Annual statistical returns and brief notes on vaccination in Bengal - 1909-1929
Year: 1909
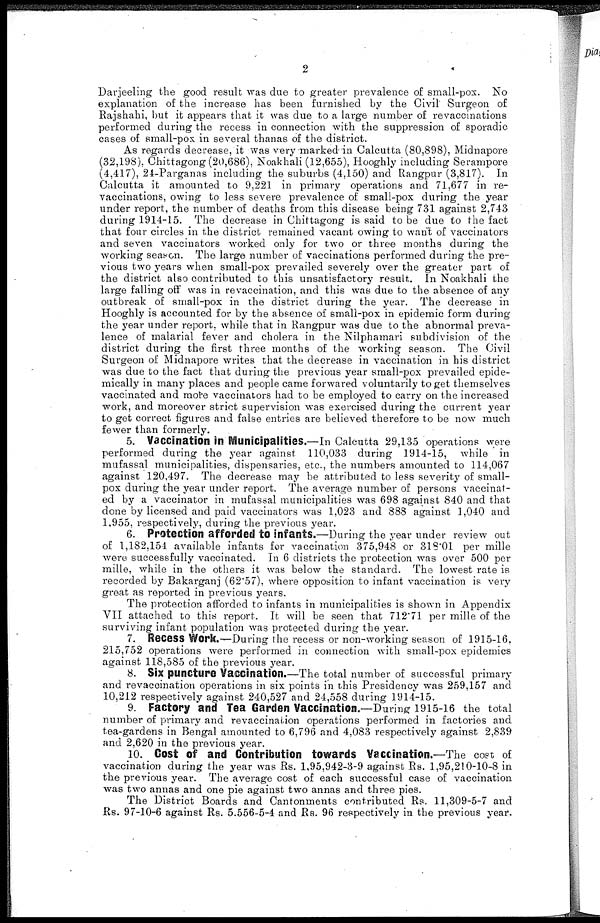
2
Darjeeling the good result was due to greater prevalence of small-pox. No
explanation of the increase has been furnished by the Civil Surgeon of
Rajshahi, but it appears that it was due to a large number of revaccinations
performed during the recess in connection with the suppression of sporadic
cases of small-pox in several thanas of the district.
As regards decrease, it was very marked in Calcutta (80,898), Midnapore
(32,198), Chittagong (20,686), Noakhali (12,655), Hooghly including Serampore
(4,417), 24-Parganas including the suburbs (4,150) and Rangpur (3,817). In
Calcutta it amounted to 9,221 in primary operations and 71,677 in re-
vaccinations, owing to less severe prevalence of small-pox during the year
under report, the number of deaths from this disease being 731 against 2,743
during 1914-15. The decrease in Chittagong is said to be due to the fact
that four circles in the district remained vacant owing to want of vaccinators
and seven vaccinators worked only for two or three months during the
working season. The large number of vaccinations performed during the pre-
vious two years when small-pox prevailed severely over the greater part of
the district also contributed to this unsatisfactory result. In Noakhali the
large falling off was in revaccination, and this was due to the absence of any
outbreak of small-pox in the district during the year. The decrease in
Hooghly is accounted for by the absence of small-pox in epidemic form during
the year under report, while that in Rangpur was due to the abnormal preva-
lence of malarial fever and cholera in the Nilphamari subdivision of the
district during the first three months of the working season. The Civil
Surgeon of Midnapore writes that the decrease in vaccination in his district
was due to the fact that during the previous year small-pox prevailed epide-
mically in many places and people came forwared voluntarily to get themselves
vaccinated and more vaccinators had to be employed to carry on the increased
work, and moreover strict supervision was exercised during the current year
to get correct figures and false entries are believed therefore to be now much
fewer than formerly.
5. Vaccination in Municipalities.—In Calcutta 29,135 operations were
performed during the year against 110,033 during 1914-15, while in
mufassal municipalities, dispensaries, etc., the numbers amounted to 114,067
against 120,497. The decrease may be attributed to less severity of small-
pox during the year under report. The average number of persons vaccinat-
ed by a vaccinator in mufassal municipalities was 698 against 840 and that
done by licensed and paid vaccinators was 1,023 and 888 against 1,040 and
1,955, respectively, during the previous year.
6. Protection afforded to infants.—During the year under review out
of 1,182,154 available infants for vaccination 375,948 or 318.01 per mille
were successfully vaccinated. In 6 districts the protection was over 500 per
mille, while in the others it was below the standard. The lowest rate is
recorded by Bakarganj (62.57), where opposition to infant vaccination is very
great as reported in previous years.
The protection afforded to infants in municipalities is shown in Appendix
VII attached to this report. It will be seen that 712.71 per mille of the
surviving infant population was protected during the year.
7. Recess Work.—During the recess or non-working season of 1915-16,
215,752 operations were performed in connection with small-pox epidemics
against 118,585 of the previous year.
8. Six puncture Vaccination.—The total number of successful primary
and revaccination operations in six points in this Presidency was 259,157 and
10,212 respectively against 240,527 and 24,558 during 1914-15.
9. Factory and Tea Garden Vaccination.—During 1915-16 the total
number of primary and revaccination operations performed in factories and
tea-gardens in Bengal amounted to 6,796 and 4,083 respectively against 2,839
and 2,620 in the previous year.
10. Cost of and Contribution towards Vaccination.—The cost of
vaccination during the year was Rs. 1,95,942-3-9 against Rs. 1,95,210-10-8 in
the previous year. The average cost of each successful case of vaccination
was two annas and one pie against two annas and three pies.
The District Boards and Cantonments contributed Rs. 11,309-5-7 and
Rs. 97-10-6 against Rs. 5.556-5-4 and Rs. 96 respectively in the previous year.